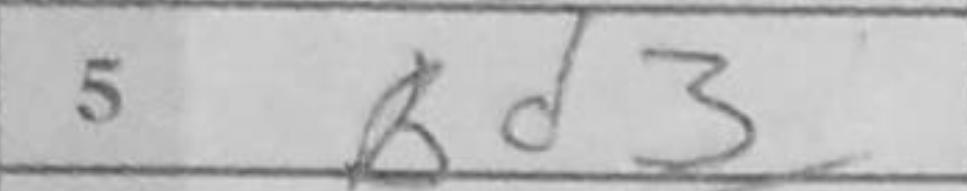
Transcription: Bd3